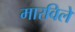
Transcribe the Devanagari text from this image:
मारविले